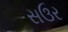
સઉર